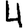
Digit: 4